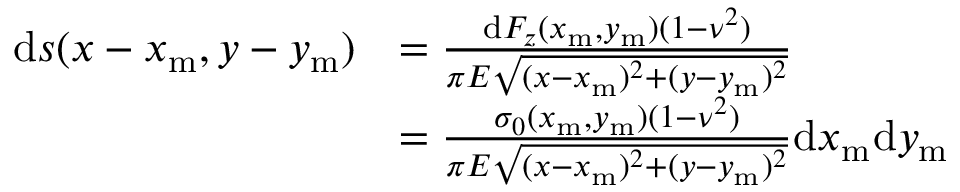
\begin{array} { r l } { \mathrm { d } s ( x - x _ { \mathrm { m } } , y - y _ { \mathrm { m } } ) } & { = \frac { \mathrm { d } F _ { z } ( x _ { \mathrm { m } } , y _ { \mathrm { m } } ) ( 1 - \nu ^ { 2 } ) } { \pi E \sqrt { ( x - x _ { \mathrm { m } } ) ^ { 2 } + ( y - y _ { \mathrm { m } } ) ^ { 2 } } } } \\ & { = \frac { \sigma _ { 0 } ( x _ { \mathrm { m } } , y _ { \mathrm { m } } ) ( 1 - \nu ^ { 2 } ) } { \pi E \sqrt { ( x - x _ { \mathrm { m } } ) ^ { 2 } + ( y - y _ { \mathrm { m } } ) ^ { 2 } } } \mathrm { d } x _ { \mathrm { m } } \mathrm { d } y _ { \mathrm { m } } } \end{array}